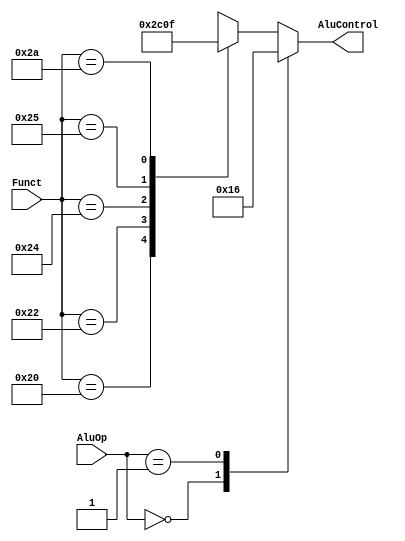
module ALU_Control (
    input [5:0] Funct,
    input [1:0] AluOp,
    output reg [2:0] AluControl
);
    
    always@(*)
    case(AluOp)
        2'b00: AluControl <= 3'b010; // Addition
        2'b01: AluControl <= 3'b110; // Subtraction
        default: case(Funct)         // R-Type in general
            6'b100000: AluControl <= 3'b010; // Addition
            6'b100010: AluControl <= 3'b110; // Subtraction
            6'b100100: AluControl <= 3'b000; // AND Operation
            6'b100101: AluControl <= 3'b001; // OR Operation
            6'b101010: AluControl <= 3'b111; // SLT Operation
            default: AluControl <= 3'bxxx; // When ALU is not used
            endcase
    endcase
endmodule